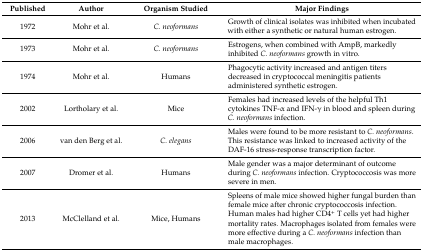
<table><thead><tr><td><b>Published</b></td><td><b>Author</b></td><td><b>Organism Studied</b></td><td><b>Major Findings</b></td></tr></thead><tbody><tr><td>1972</td><td>Mohr et al.</td><td><i>C. neoformans</i></td><td>Growth of clinical isolates was inhibited when incubated with either a synthetic or natural human estrogen.</td></tr><tr><td>1973</td><td>Mohr et al.</td><td><i>C. neoformans</i></td><td>Estrogens, when combined with AmpB, markedly inhibited <i>C. neoformans</i> growth in vitro.</td></tr><tr><td>1974</td><td>Mohr et al.</td><td>Humans</td><td>Phagocytic activity increased and antigen titers decreased in cryptococcal meningitis patients administered synthetic estrogen.</td></tr><tr><td>2002</td><td>Lortholary et al.</td><td>Mice</td><td>Females had increased levels of the helpful Th1 cytokines TNF-α and IFN-γ in blood and spleen during <i>C. neoformans</i> infection.</td></tr><tr><td>2006</td><td>van den Berg et al.</td><td><i>C. elegans</i></td><td>Males were found to be more resistant to <i>C. neoformans</i>. This resistance was linked to increased activity of the DAF-16 stress-response transcription factor.</td></tr><tr><td>2007</td><td>Dromer et al.</td><td>Humans</td><td>Male gender was a major determinant of outcome during <i>C. neoformans</i> infection. Cryptococcosis was more severe in men. </td></tr><tr><td>2013</td><td>McClelland et al.</td><td>Mice, Humans</td><td>Spleens of male mice showed higher fungal burden than female mice after chronic cryptococcosis infection. Human males had higher CD4<sup>+</sup> T cells yet had higher mortality rates. Macrophages isolated from females were more effective during a <i>C. neoformans</i> infection than male macrophages.</td></tr></tbody></table>